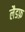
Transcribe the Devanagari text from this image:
लैडफ़